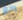
وانغ